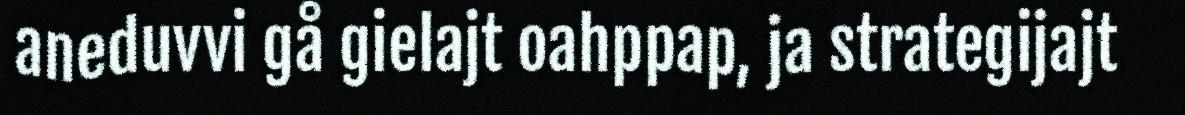
aneduvvi gå gielajt oahppap, ja strategijajt